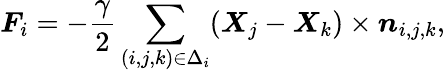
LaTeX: \boldsymbol F_{i}=-\frac{\gamma}{2}\sum_{(i,j,k)\in\Delta_{i}}(\boldsymbol X_{j}-\boldsymbol X_{k})\times\boldsymbol n_{i,j,k},